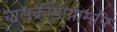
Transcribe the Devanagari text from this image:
बालक्रीडायामपि